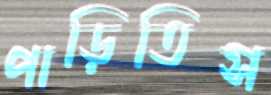
পাড়িতিস